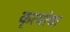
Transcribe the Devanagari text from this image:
कृत्यांचा